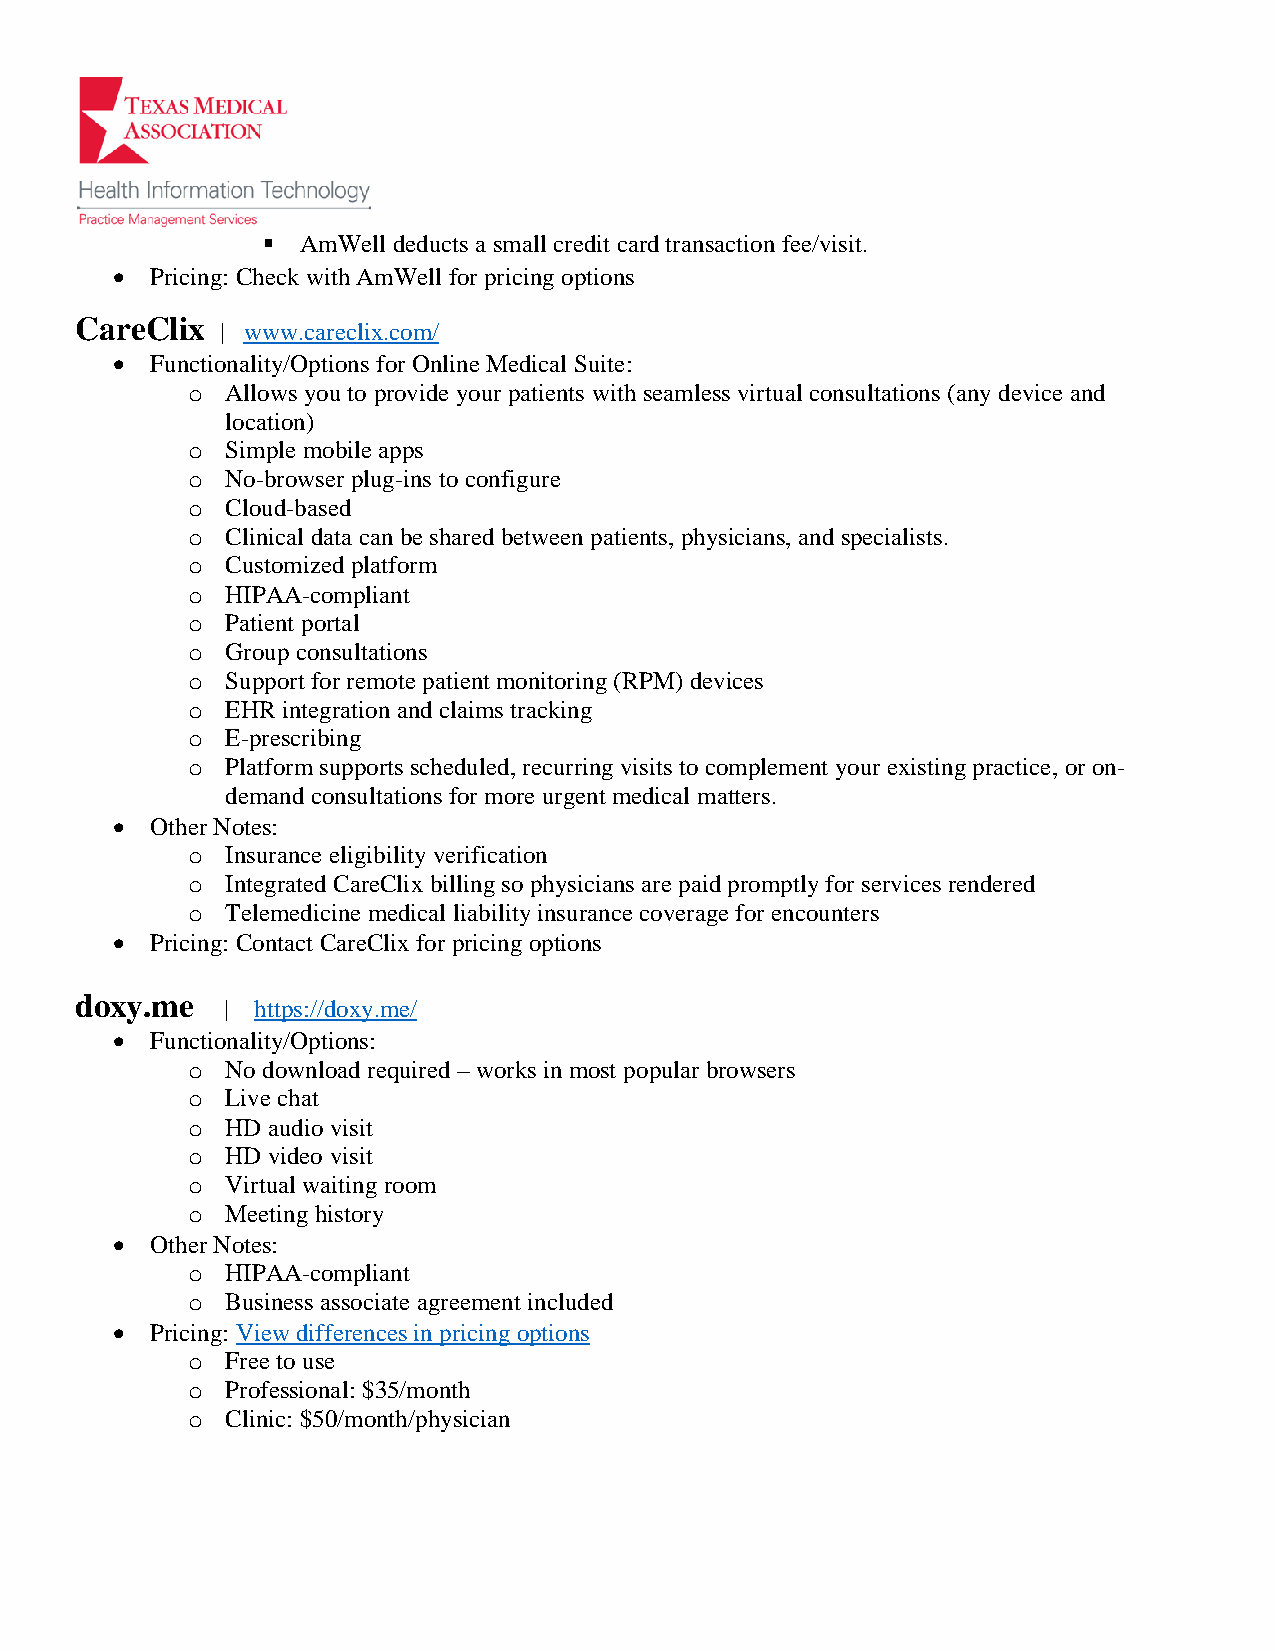
▪  AmWell deducts a small credit card transaction fee/visit.
 •  Pricing: Check with AmWell for pricing options
 CareClix
 | www.careclix.com/
 •  Functionality/Options for Online Medical Suite:
 o  Allows you to provide your patients with seamless virtual consultations (any device and
 location)
 o  Simple mobile apps
 o  No-browser plug-ins to configure
 o  Cloud-based
 o  Clinical data can be shared between patients, physicians, and specialists.
 o  Customized platform
 o  HIPAA-compliant
 o  Patient portal
 o  Group consultations
 o  Support for remote patient monitoring (RPM) devices
 o  EHR integration and claims tracking
 o  E-prescribing
 o  Platform supports scheduled, recurring visits to complement your existing practice, or on-
 demand consultations for more urgent medical matters.
 •  Other Notes:
 o  Insurance eligibility verification
 o  Integrated CareClix billing so physicians are paid promptly for services rendered
 o  Telemedicine medical liability insurance coverage for encounters
 •  Pricing: Contact CareClix for pricing options
 doxy.me
 | https://doxy.me/
 •  Functionality/Options:
 o  No download required – works in most popular browsers
 o  Live chat
 o  HD audio visit
 o  HD video visit
 o  Virtual waiting room
 o  Meeting history
 •  Other Notes:
 o  HIPAA-compliant
 o  Business associate agreement included
 •  Pricing: View differences in pricing options
 o  Free to use
 o  Professional: $35/month
 o  Clinic: $50/month/physician